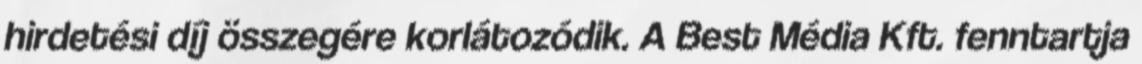
hirdetési díj összegére korlátozódik. A Best Média Kft. fenntartja